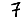
Digit: 7